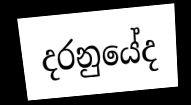
දරනුයේද